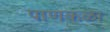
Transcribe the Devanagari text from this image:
पाणकळा